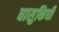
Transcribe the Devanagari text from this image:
वासुकिची